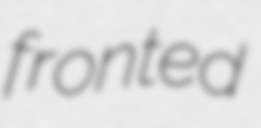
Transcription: fronted